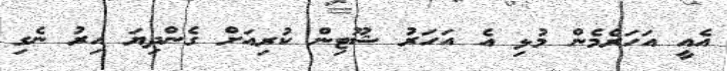
އެއީ އަހަރެމެން މުޅި އެ އަހަރު ޝޫޓިން ކުރިއަށް ގެންދިޔަ އިރު ނެގި